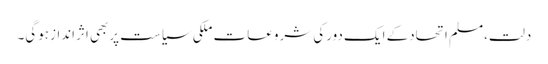
دلت،مسلم اتحادکے ایک دورکی شروعات ملکی سیاست پربھی اثراندازہوگی۔